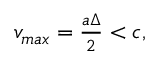
\begin{array} { r } { v _ { m a x } = \frac { a \Delta } { 2 } < c , } \end{array}